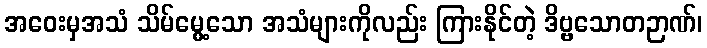
အဝေးမှအသံ သိမ်မွေ့သော အသံများကိုလည်း ကြားနိုင်တဲ့ ဒိဗ္ဗသောတဉာဏ်၊